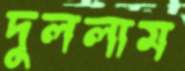
দুললাম